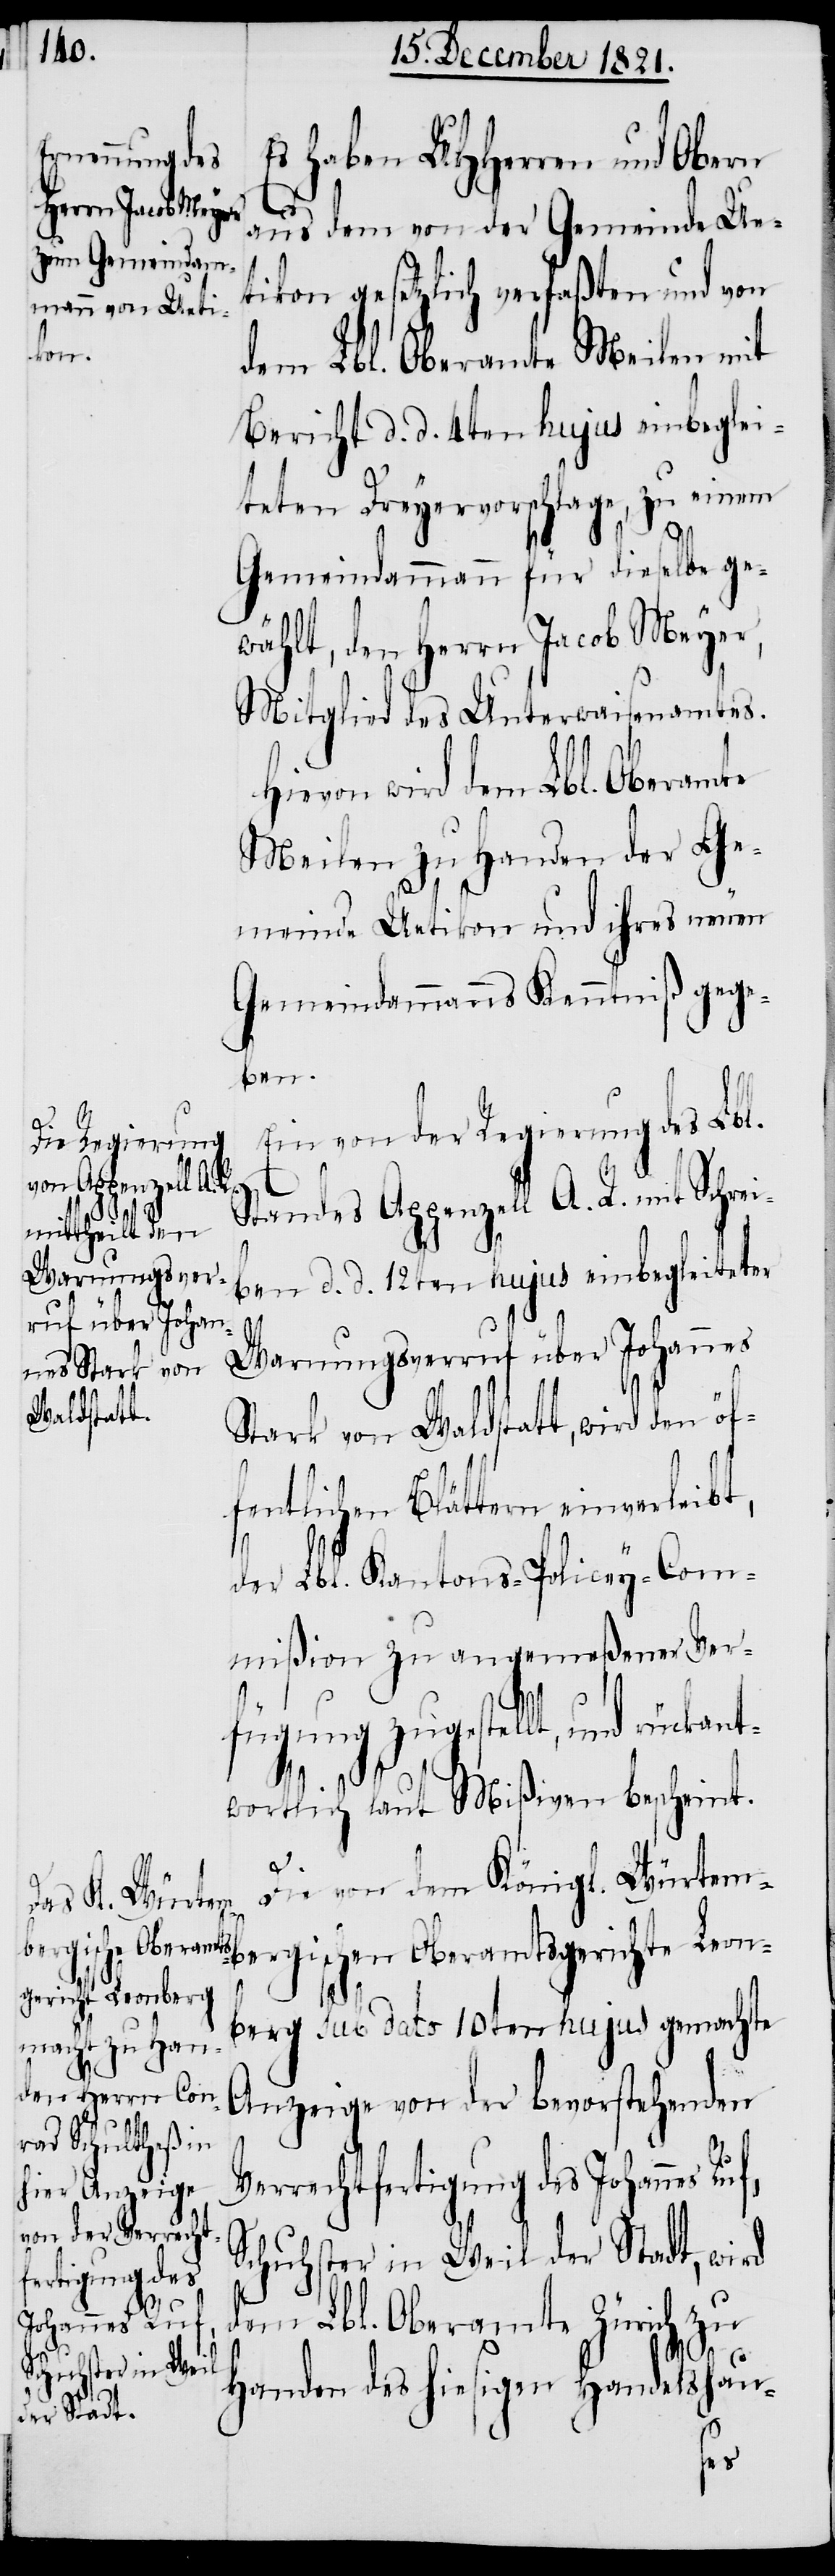
Es haben UHHerren und Obern
aus dem von der Gemeinde Ue¬
tikon gesetzlich verfaßten und von
Leon¬
dem Lbl. Oberamte Meilen mit
Bericht d. d. 4ten hujus einbeglei¬
teten Dreyervorschlage, zu einem
Gemeindammann für dieselbe ge¬
wählt, den Herrn Jacob Meyer,
Mitglied des Unterwaisenamtes.
Hievon wird dem Lbl. Oberamte
Meilen zu Handen der Ge¬
meinde Uetikon und ihres neuen
Gemeindammanns Kenntniß gege¬
ben.
Ein von der Regierung des Lbl.
Standes Appenzell A. R. mit Schrei¬
ben d. d. 12ten hujus einbegleiteter
Warnungsverruf über Johannes
Stark von Waldstatt, wird den ö¬
fentlichen Blättern einverleibt,
der Lbl. Kantons-Policey-Com¬
mißion zu angemeßener Ver¬
fügung zugestellt, und rückant¬
isc¬
wortlich laut Mißiven bescheint.
Die von dem Königl. Würtem¬
berg sub dato 10ten hujus gemachte
Anzeige von der bevorstehenden
Verrechtfertigung des Johannes
Schuhster in Weil der Stadt, wird
dem Lbl. Oberamte Zürich zu
Handen des hiesigen Handelshau-
hen